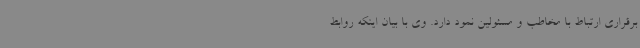
برقراری ارتباط با مخاطب و مسئولین نمود دارد. وی با بیان اینکه روابط